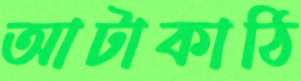
আটাকাঠি